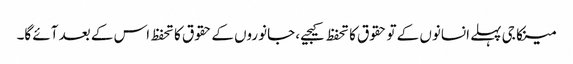
مینکا جی پہلے انسانوں کے تو حقوق کا تحفظ کیجیے، جانوروں کے حقوق کا تحفظ اس کے بعد آئے گا۔